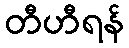
တီဟီရန်